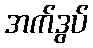
အက်ဒွပ်